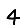
Digit: 4